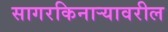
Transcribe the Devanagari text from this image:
सागरकिनाऱ्यावरील